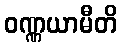
ဝဏ္ဏယာမီတိ